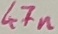
Text: 47n